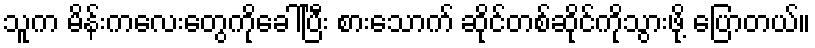
သူက မိန်းကလေးတွေကိုခေါ်ပြီး စားသောက် ဆိုင်တစ်ဆိုင်ကိုသွားဖို့ ပြောတယ်။